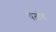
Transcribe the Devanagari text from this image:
येतांच